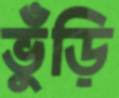
ভুঁড়ি